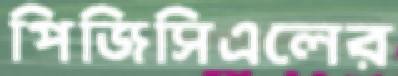
পিজিসিএলের